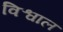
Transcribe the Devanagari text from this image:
विश्वाल